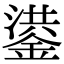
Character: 鍙